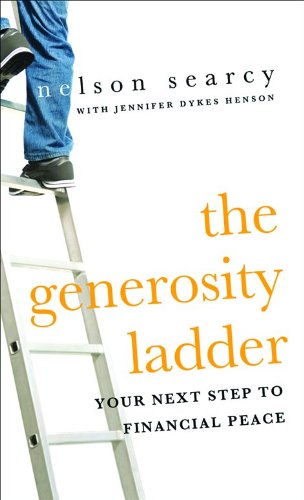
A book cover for The Generosity Ladder: Your Next Step to Financial Peace; Nelson Searcy; Christian Books & Bibles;